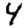
Digit: 4